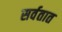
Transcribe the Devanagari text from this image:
सर्वतात